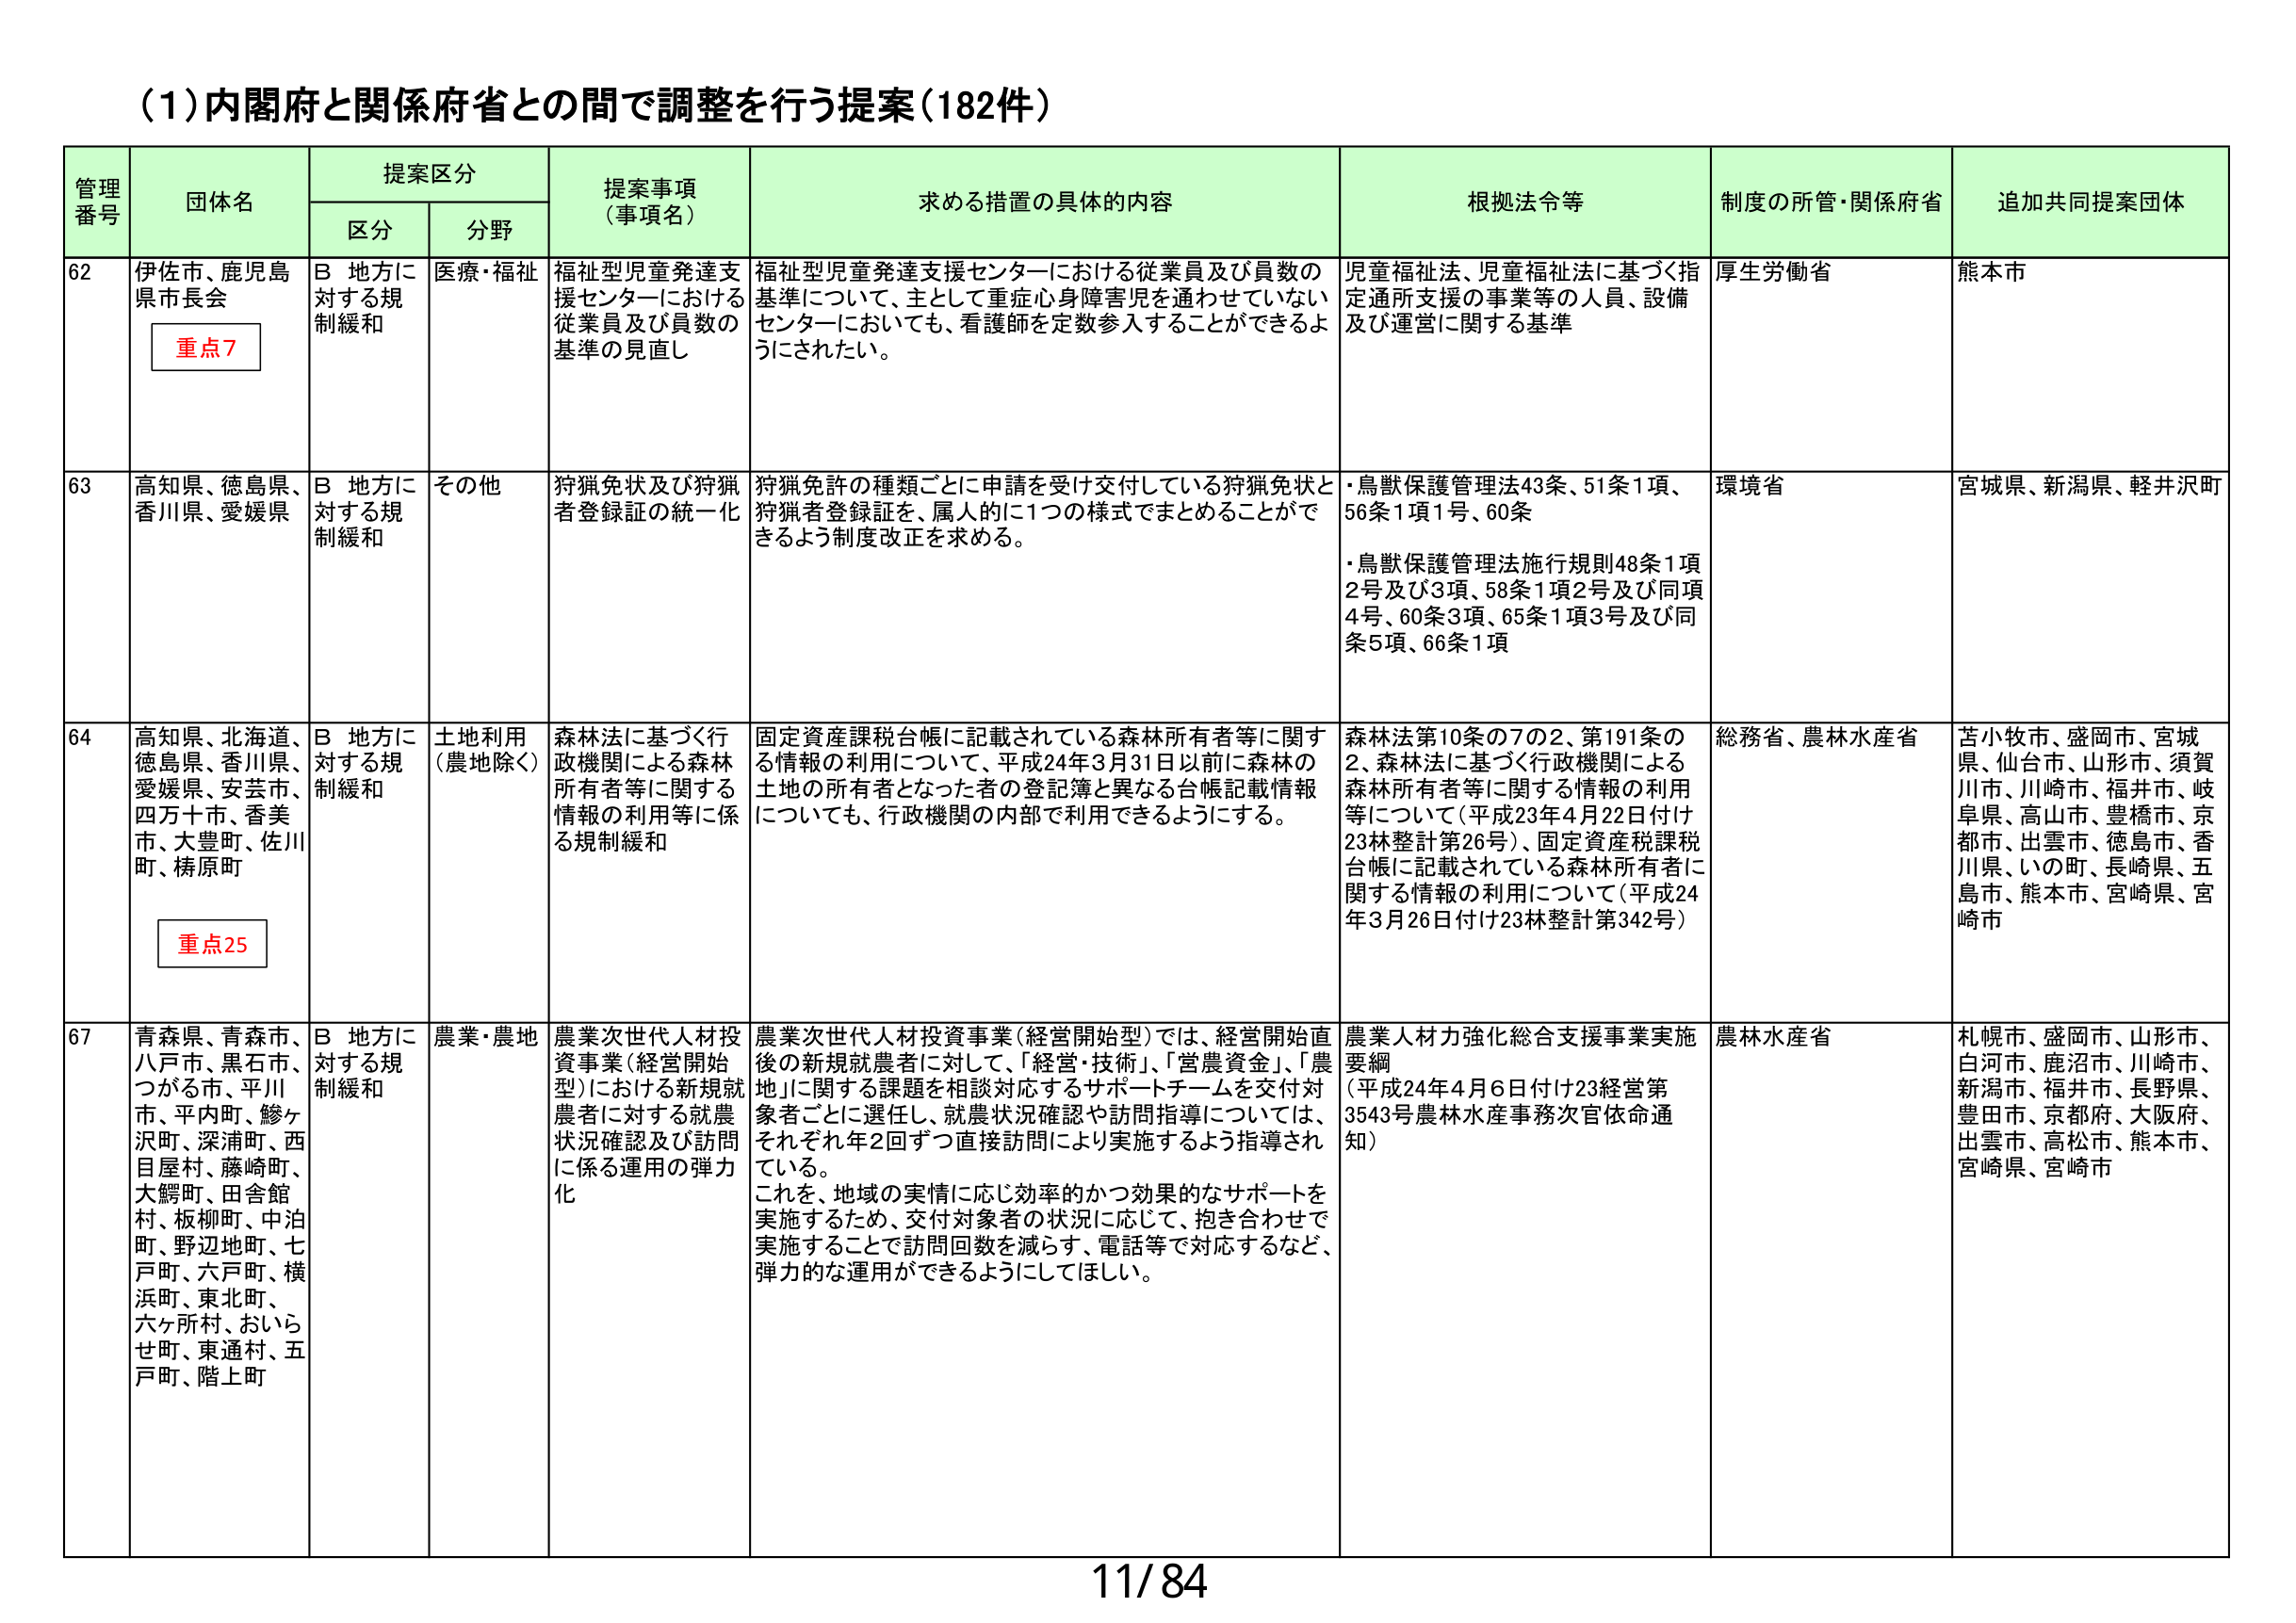
(1)内閣府と関係府省との間で調整を行う提案(182件)

管理番号 団体名 提案区分 提案事項（事項名） 求める措置の具体的内容 根拠法令等 制度の所管・関係府省 追加共同提案団体
区分 分野

62 伊佐市、鹿児島県市長会 重点7 B 地方に対する規制緩和 医療・福祉 福祉型児童発達支援センターにおける従業員及び員数の基準の見直し 福祉型児童発達支援センターにおける従業員及び員数の基準について、主として重症心身障害児を通わせていないセンターにおいても、看護師を定数参入することができるようにされたい。 児童福祉法、児童福祉法に基づく指定通所支援の事業等の人員、設備及び運営に関する基準 厚生労働省 熊本市

63 高知県、徳島県、香川県、愛媛県 B 地方に対する規制緩和 その他 狩猟免状及び狩猟者登録証の統一化 狩猟免許の種類ごとに申請を受け交付している狩猟免状と狩猟者登録証を、属人的に1つの様式でまとめることができるよう制度改正を求める。 ・鳥獣保護管理法43条、51条1項、56条1項1号、60条
・鳥獣保護管理法施行規則48条1項2号及び3項、58条1項2号及び同項4号、60条3項、65条1項3号及び同条5項、66条1項 環境省 宮城県、新潟県、軽井沢町

64 高知県、北海道、徳島県、香川県、愛媛県、安芸市、四万十市、香美市、大豊町、佐川町、梼原町 重点25 B 地方に対する規制緩和 土地利用（農地除く） 森林法に基づく行政機関による森林所有者等に関する情報の利用等に係る規制緩和 固定資産課税台帳に記載されている森林所有者等に関する情報の利用について、平成24年3月31日以前に森林の土地の所有者となった者の登記簿と異なる台帳記載情報についても、行政機関の内部で利用できるようにする。 森林法第10条の7の2、第191条の2、森林法に基づく行政機関による森林所有者等に関する情報の利用等について（平成23年4月22日付け23林整計第26号）、固定資産税課税台帳に記載されている森林所有者に関する情報の利用について（平成24年3月26日付け23林整計第342号） 総務省、農林水産省 苦小牧市、盛岡市、宮城県、仙台市、山形市、須賀川市、川崎市、福井市、岐阜県、高山市、豊橋市、京都市、出雲市、徳島市、香川県、いの町、長崎県、五島市、熊本市、宮崎県、宮崎市

67 青森県、青森市、八戸市、黒石市、つがる市、平川市、平内町、鰺ヶ沢町、深浦町、西目屋村、藤崎町、大鰐町、田舎館村、板柳町、中泊町、野辺地町、七戸町、六戸町、横浜町、東北町、六ヶ所村、おいらせ町、東通村、五戸町、階上町 B 地方に対する規制緩和 農業・農地 農業次世代人材投資事業（経営開始型）における新規就農者に対する就農状況確認及び訪問に係る運用の弾力化 農業次世代人材投資事業（経営開始型）では、経営開始直後の新規就農者に対して、「経営・技術」、「営農資金」、「農地」に関する課題を相談対応するサポートチームを交付対象者ごとに選任し、就農状況確認や訪問指導については、それぞれ年2回ずつ直接訪問により実施するよう指導されている。これを、地域の実情に応じ効率的かつ効果的なサポートを実施するため、交付対象者の状況に応じて、抱き合わせで実施することで訪問回数を減らす、電話等で対応するなど、弾力的な運用ができるようにしてほしい。 農業人材力強化総合支援事業実施要綱（平成24年4月6日付け23経営第3543号農林水産事務次官依命通知） 農林水産省 札幌市、盛岡市、山形市、白河市、鹿沼市、川崎市、新潟市、福井市、長野県、豊田市、京都府、大阪府、出雲市、高松市、熊本市、宮崎県、宮崎市

11/84